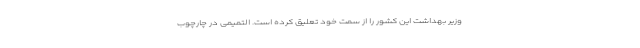
وزیر بهداشت این کشور را از سمت خود تعلیق کرده است. التمیمی در چارچوب